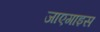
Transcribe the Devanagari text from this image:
जाएगाइस